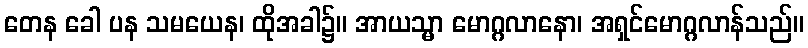
တေန ခေါ ပန သမယေန၊ ထိုအခါ၌။ အာယသ္မာ မောဂ္ဂလာနော၊ အရှင်မောဂ္ဂလာန်သည်။